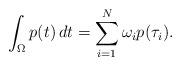
LaTeX: \begin{align*}\int_\Omega p(t) \, dt = \sum_{i=1}^N \omega_i p(\tau_i) .\end{align*}